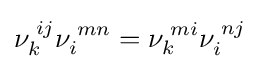
\nu _{k}^{\;ij}\nu _{i}^{\;mn}=\nu _{k}^{\;mi}\nu _{i}^{\;nj}